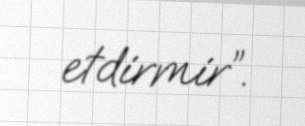
etdirmir”.